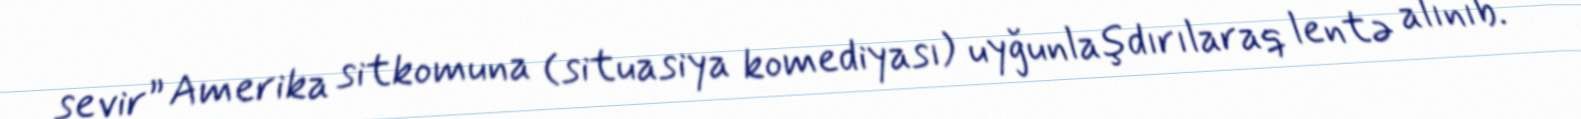
sevir” Amerika sitkomuna (situasiya komediyası) uyğunlaşdırılaraq lentə alınıb.